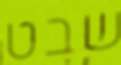
שבט